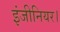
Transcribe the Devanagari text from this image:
इंजीनियर।